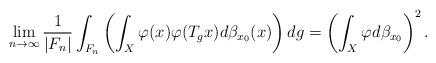
LaTeX: \begin{gather*}\lim_{n\to\infty}\frac{1}{|F_n|}\int_{F_n}\left(\int_X\varphi(x)\varphi(T_gx)d\beta_{x_0}(x)\right)dg=\left(\int_X\varphi d\beta_{x_0}\right)^2.\end{gather*}